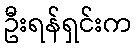
ဦးရန်ရှင်းက